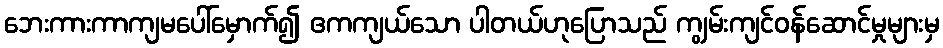
ဘေးကားကာကျမပေါ်မှောက်၍ ဧကကျယ်သော ပါတယ်ဟုပြောသည် ကျွမ်းကျင်ဝန်ဆောင်မှုများမှ